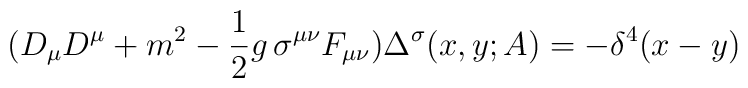
(D_\mu D^\mu +m^2 -{1\over 2} g \, \sigma^{\mu \nu} F_{\mu \nu})\Delta^\sigma (x,y;A) = -\delta^4(x-y)